Vaccination in Bombay 1924-1928 - 1924-1928
Year: 1924
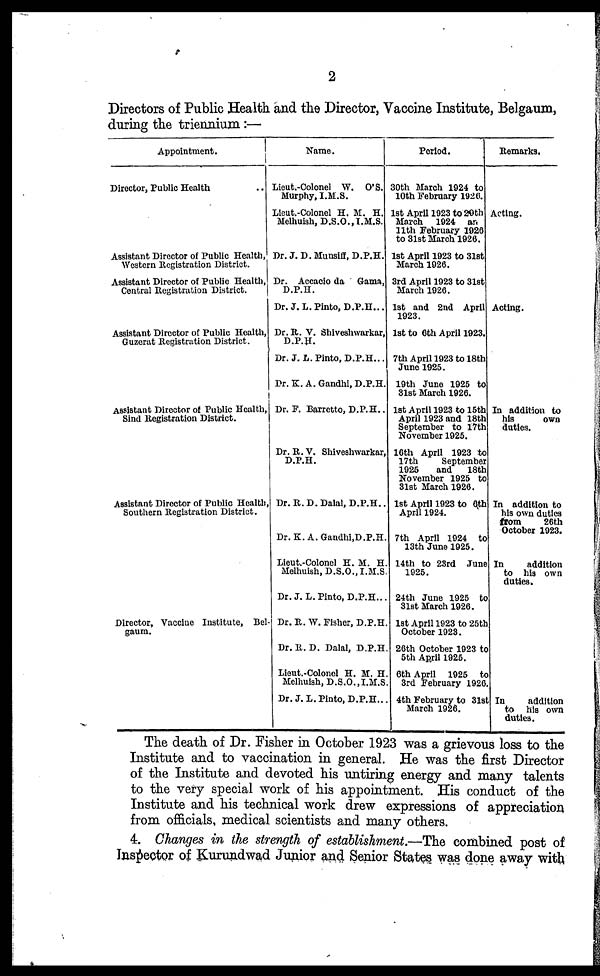
2
Directors of Public Health and the Director, Vaccine Institute, Belgaum,
during the triennium:—
Appointment.
Director, Public Health
Assistant Director of Public Health,
Western Registration District.
Assistant Director of Public Health,
Central Registration District.
Assistant Director of Public Health,
Guzerat Registration District.
Assistant Director of Public Health,
Sind Registration District.
Assistant Director of Public Health,
Southern Registration District.
Director, Vaccine Institute, Bel-
gaum.
Name.
Lieut.-Colonel W. O'S.
Murphy, I.M.S.
Lieut.-Colonel H. M. H.
Melhuish, D.S.O.,I.M.S.
Dr. J. D. Munsiff, D.P.H.
Dr. Accacio da Gama,
D.P.H.
Dr. J. L.Pinto, D.P.H...
Dr.R. V. Shiveshwarkar,
D.P.H.
Dr. J. L.Pinto, D.P.H...
Dr. K. A. Gandhi, D.P.H.
Dr. F. Barretto, D.P.H..
Dr. R. V. Shiveshwarkar,
D.P.H.
Dr. R. D. Dalai, D.P.H..
Dr.K.A.Gandhi.D.P.H.
Lieut.-Colonel H. M. H
Melhuish, D.S.O., I.M.S
Dr. J. L.Pinto, D.P.H...
Dr. R. W. Fisher, D.P.H
Dr. R. D. Dalai, D.P.H
Lieut.-Colonel H. M. H
Melhuish, D.S.O.,I.M.S
Dr. J.L.Pinto, D.P.H..
Period.
30th March 1924 to
10th February 1926.
1st April 1923 to 29th
March 1924 an
11th February 1926
to 31st March 1926.
1st April 1923 to 31st
March 1926.
3rd April 1923 to 31st
March 1926.
1st and 2nd April
1923.
1st to 6th April 1923.
7th April 1923 to 18th
June 1925.
19th June 1925 to
31st March 1926.
1st April 1923 to 15th
April 1923 and 18th
September to 17th
November 1925.
16th April 1923 to
17th
September
1925
and
18th
November 1925 to
31st March 1926.
1st April 1923 to 0th
April 1924.
7th April 1924 to
13th June 1925.
14th to 23rd June
1925.
24th June 1925 to
31st March 1926.
1st April 1923 to 25th
October 1923.
26th October 1923 to
5th April 1925.
6th April 1925 to
3rd February 1926.
4th February to 31st
March 1926.
Remarks.
Acting.
Acting.
In addition to
his
own
duties.
In addition to
his own duties
from
26th
October 1923.
In
addition
to his own
duties.
In
addition
to his own
duties.
The death of Dr. Fisher in October 1923 was a grievous loss to the
Institute and to vaccination in general. He was the first Director
of the Institute and devoted his untiring energy and many talents
to the very special work of his appointment. His conduct of the
Institute and his technical work drew expressions of appreciation
from officials, medical scientists and many others.
4. Changes in the strength of establishment.—The combined post of
Inspector of Kurundwad Junior and Senior States was done away with